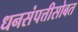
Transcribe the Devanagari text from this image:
धनसंपत्तीसोबत